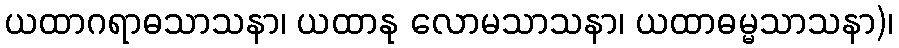
ယထာဂရာဓသာသနာ၊ ယထာနု လောမသာသနာ၊ ယထာဓမ္မသာသနာ)၊